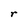
Character: r